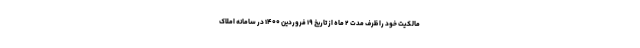
مالکیت خود را ظرف مدت ۲ ماه از تاریخ ۱۹ فروردین ۱۴۰۰ در سامانه املاک